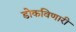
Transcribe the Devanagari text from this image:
डोकविणारी